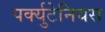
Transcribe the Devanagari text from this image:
पर्क्युटेनियस